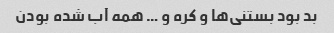
بد بود بستنی‌ها و کره و … همه آب شده بودن